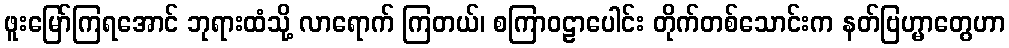
ဖူးမြော်ကြရအောင် ဘုရားထံသို့ လာရောက် ကြတယ်၊ စကြာဝဠာပေါင်း တိုက်တစ်သောင်းက နတ်ဗြဟ္မာတွေဟာ